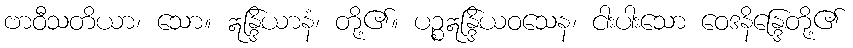
ဗာဝီသတိယာ၊ သော။ ဣန္ဒြိယာနံ၊ တို့၏။ ပဉ္စဣန္ဒြိယဝသေန၊ ငါးပါးသော ဝေဒနိန္ဒြေတို့၏